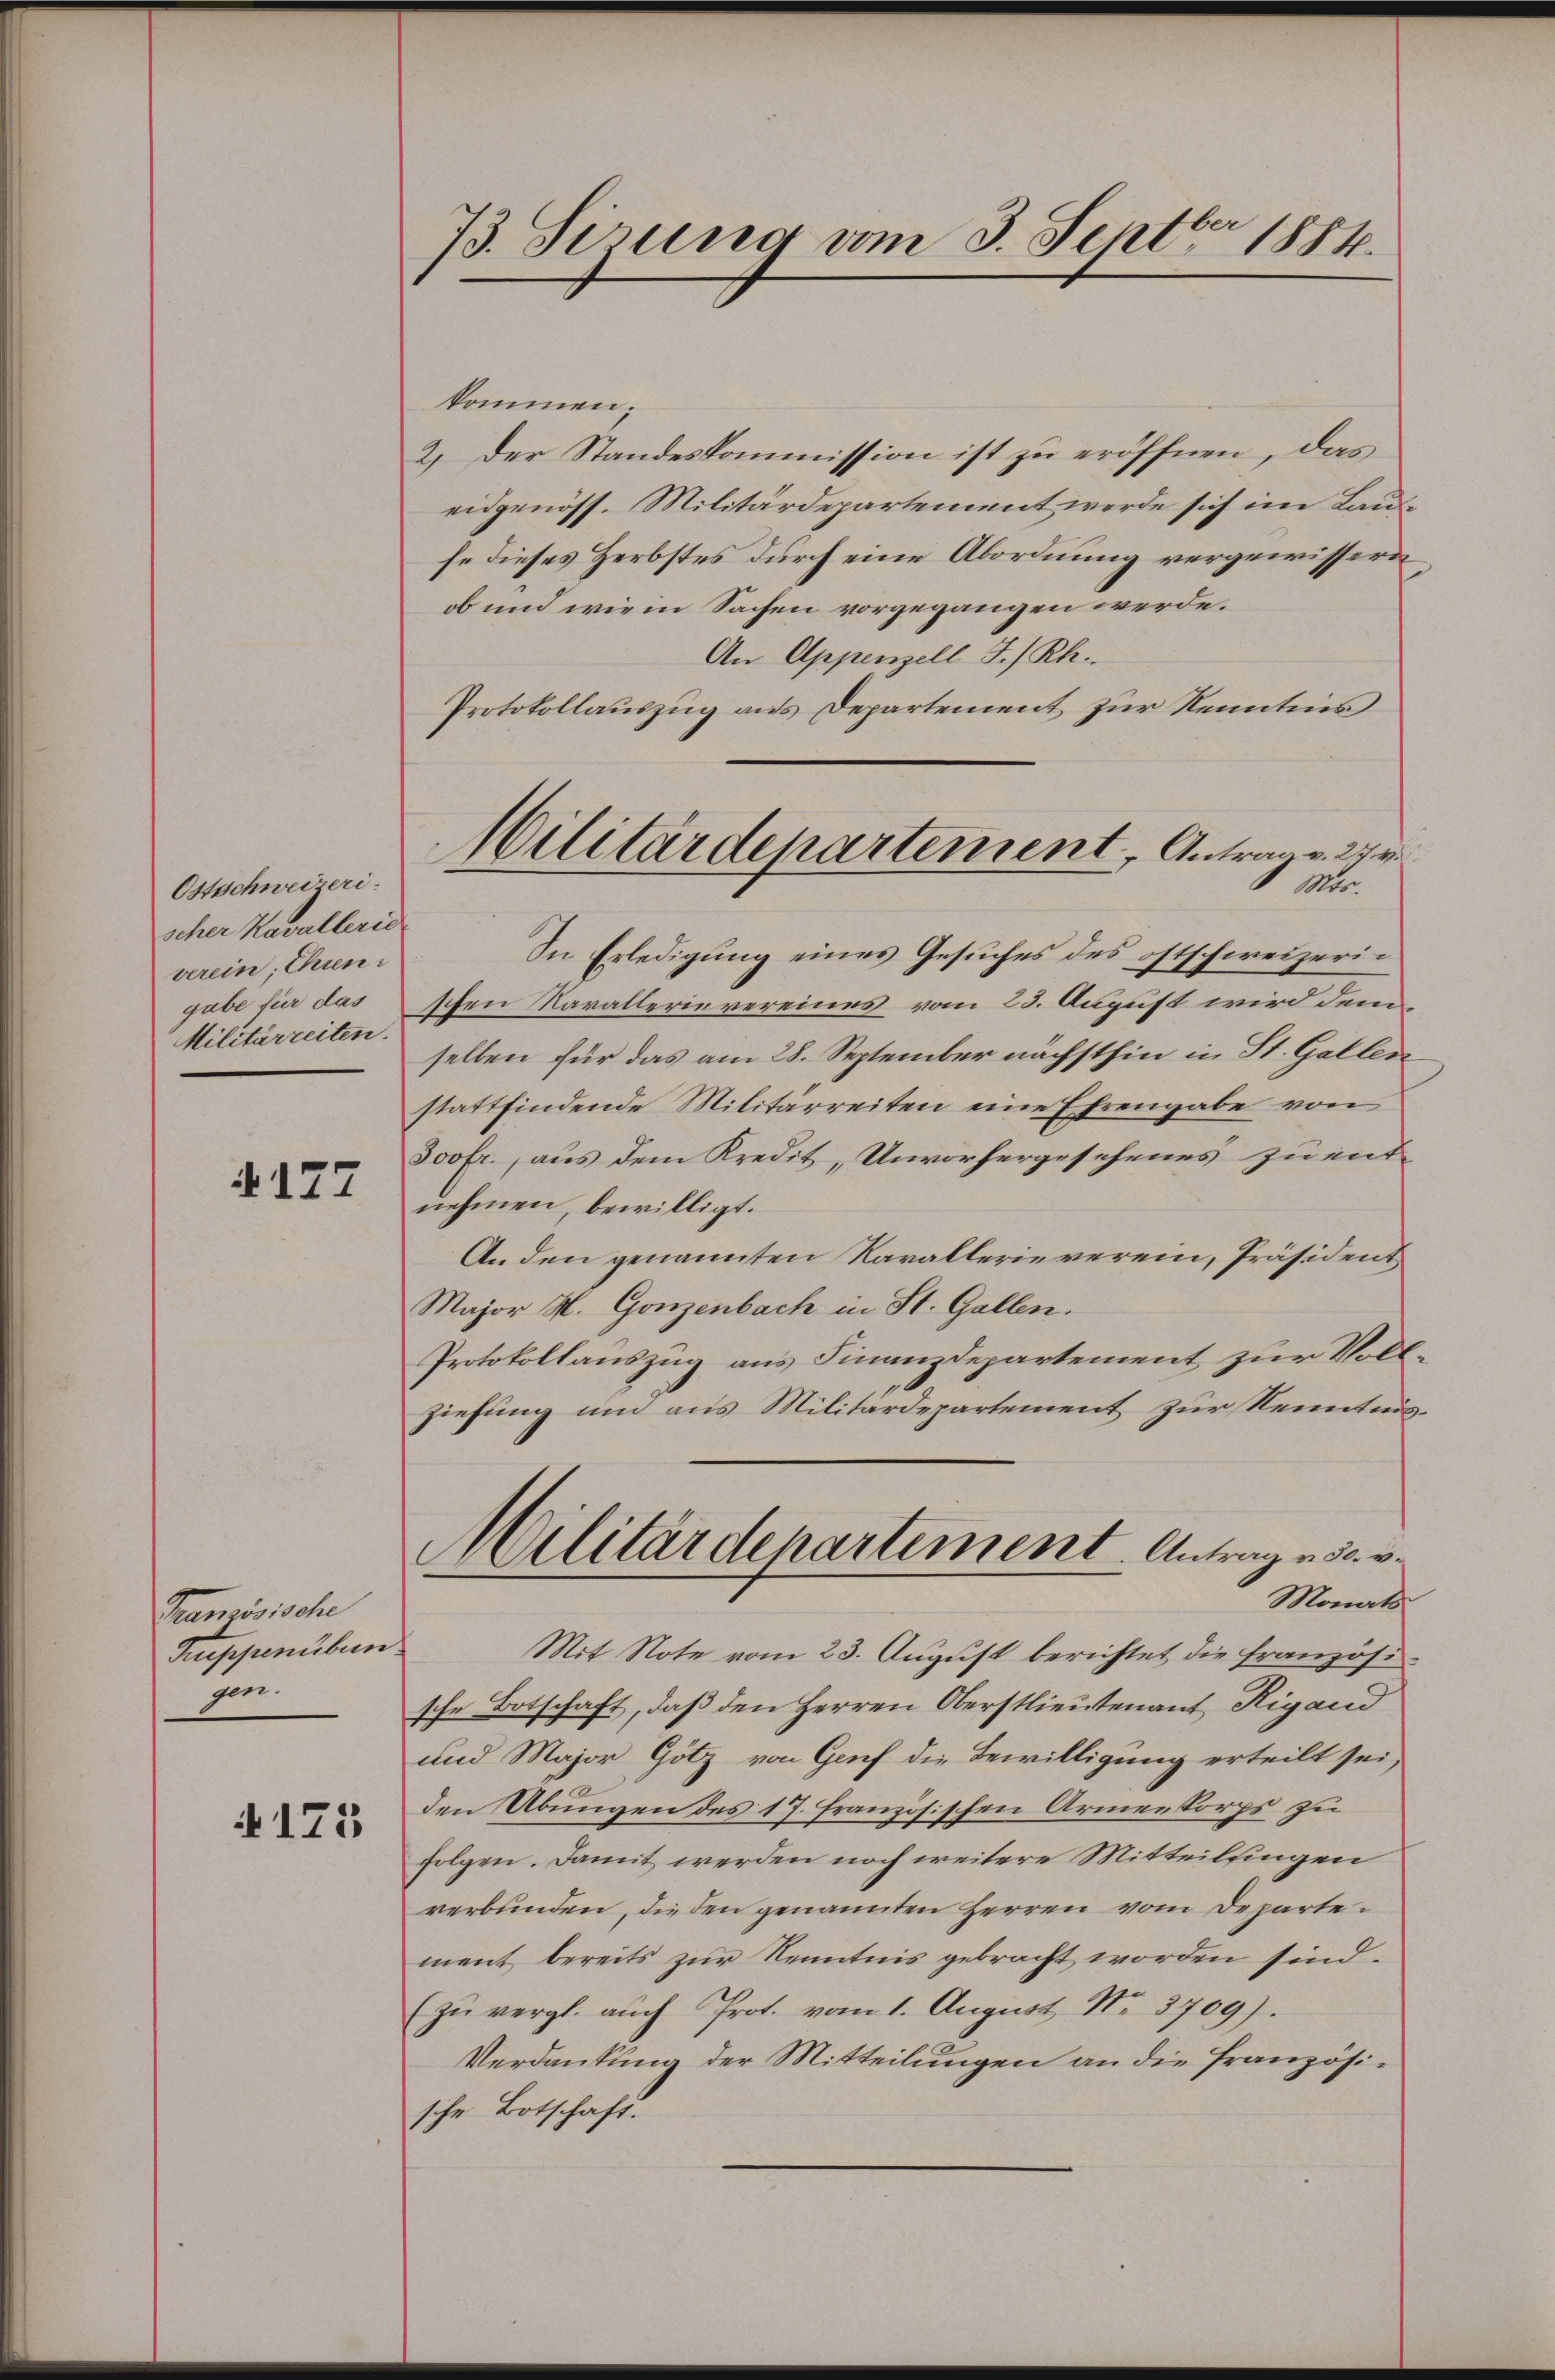
Ostschweizeri
scher Kavallerid
verein, Chin:
gabe für das
Militärzeiten.

§177

Französische
Kuppenibun
zin.

175

73. Sirung vom 3. Septbr 1884.

kommen.
2.) Der Standeskommission ist zu eröffnen, das
eidgenöss. Militärdepartement werde sich im Laus
fe dieses Herbstes durch eine Abordnung vergewissern
ob und wie in Sachen vorgegangen werde.
An Appenzell I/Rh.
Protokollauszug aus Departement zur Kenntnis
In Erledigung eines Gesuches des oftschweizerischen Karallerievereines vom 23. August wird dem
selben für das am 28. September nächsthin in St. Gallen
stattfindende Militärreiten eine Ehrengabe von
Joofr., aus dem Kredit, Unvorhergesehenes zu ent-
nehmen, bewilligt.
An den genannten Kavallerie verein, Präsident
Major M. Gonzenbach in St. Gallen.
Protokollauszug aus Finanzdepartement zur Voll
ziehung um aus Militärdepartement zur Kenntnis¬
Militärdepartement. Antrag es er
Manats
Mit Note vom 23. August berichtet die französische Botschaft, daß den Herren Oberstlieutenant Rigand
und Major Götz von Genf die Bewilligung erteilt sei,
den Übungen des 17. französischen Armenkorps zu
folgen. Famit werden noch weitere Mitteilungen
verbunden, die den genannten Herren vom Departemant bereits zŭr Kenntnis gebracht worden sind.
(zŭ vergl. aŭch Prot. vom 1. August Nr. 3709).
Verdankung der Mitteilungen an die französische Botschaft.

Militärdepartement. Antrag v. 24. v

Mtr.